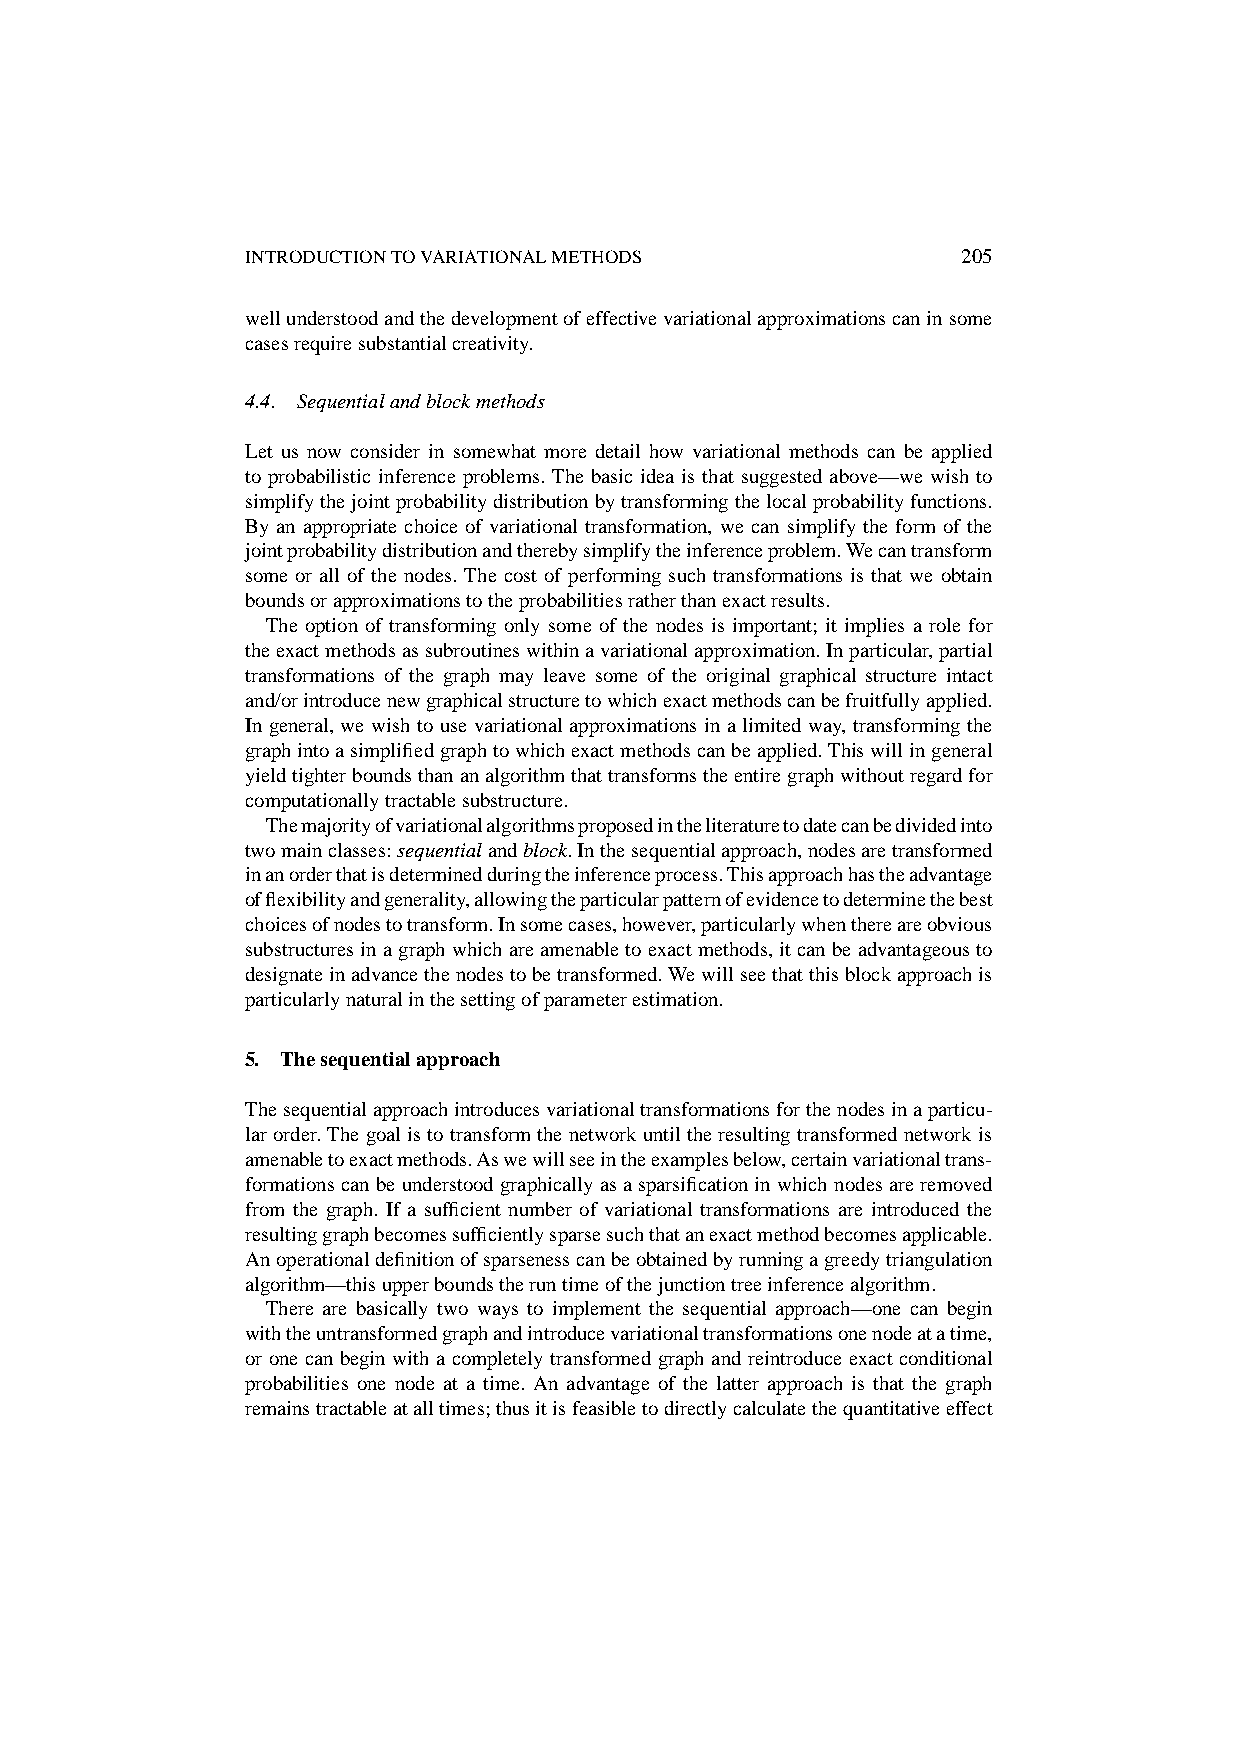
INTRODUCTIONTOVARIATIONALMETHODS                205
 wellunderstoodandthedevelopmentofeffectivevariationalapproximationscaninsome
 casesrequiresubstantialcreativity.
 4.4. Sequentialandblockmethods
 Let us now consider in somewhat more detail how variational methods can be applied
 to probabilistic inference problems. The basic idea is that suggested above—we wish to
 simplifythejointprobabilitydistributionbytransformingthelocalprobabilityfunctions.
 By an appropriate choice of variational transformation, we can simplify the form of the
 jointprobabilitydistributionandtherebysimplifytheinferenceproblem.Wecantransform
 some or all of the nodes. The cost of performing such transformations is that we obtain
 boundsorapproximationstotheprobabilitiesratherthanexactresults.
 The option of transforming only some of the nodes is important; it implies a role for
 theexactmethodsassubroutineswithinavariationalapproximation.Inparticular,partial
 transformations of the graph may leave some of the original graphical structure intact
 and/orintroducenewgraphicalstructuretowhichexactmethodscanbefruitfullyapplied.
 In general, we wish to use variational approximations in a limited way, transforming the
 graphintoasimplifiedgraphtowhichexactmethodscanbeapplied.Thiswillingeneral
 yieldtighterboundsthananalgorithmthattransformstheentiregraphwithoutregardfor
 computationallytractablesubstructure.
 Themajorityofvariationalalgorithmsproposedintheliteraturetodatecanbedividedinto
 twomainclasses:sequentialandblock.Inthesequentialapproach,nodesaretransformed
 inanorderthatisdeterminedduringtheinferenceprocess.Thisapproachhastheadvantage
 offlexibilityandgenerality,allowingtheparticularpatternofevidencetodeterminethebest
 choicesofnodestotransform.Insomecases,however,particularlywhenthereareobvious
 substructuresinagraphwhichareamenabletoexactmethods,itcanbeadvantageousto
 designateinadvancethenodestobetransformed.Wewillseethatthisblockapproachis
 particularlynaturalinthesettingofparameterestimation.
 5. Thesequentialapproach
 Thesequentialapproachintroducesvariationaltransformationsforthenodesinaparticu-
 larorder.Thegoalistotransformthenetworkuntiltheresultingtransformednetworkis
 amenabletoexactmethods.Aswewillseeintheexamplesbelow,certainvariationaltrans-
 formationscanbeunderstoodgraphicallyasasparsificationinwhichnodesareremoved
 from the graph. If a sufficient number of variational transformations are introduced the
 resultinggraphbecomessufficientlysparsesuchthatanexactmethodbecomesapplicable.
 Anoperationaldefinitionofsparsenesscanbeobtainedbyrunningagreedytriangulation
 algorithm—thisupperboundstheruntimeofthejunctiontreeinferencealgorithm.
 There are basically two ways to implement the sequential approach—one can begin
 withtheuntransformedgraphandintroducevariationaltransformationsonenodeatatime,
 or one can begin with a completely transformed graph and reintroduce exact conditional
 probabilities one node at a time. An advantage of the latter approach is that the graph
 remainstractableatalltimes;thusitisfeasibletodirectlycalculatethequantitativeeffect